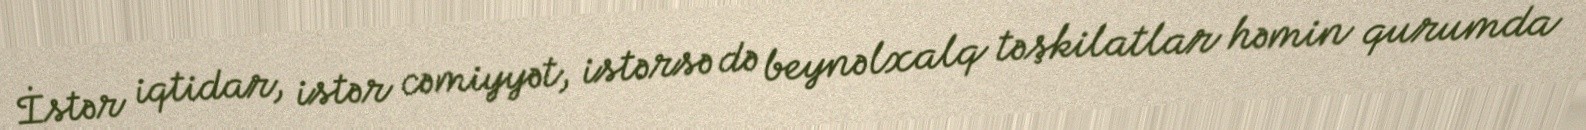
İstər iqtidar, istər cəmiyyət, istərsə də beynəlxalq təşkilatlar həmin qurumda